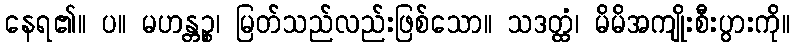
နေရ၏။ ပ။ မဟန္တဉ္စ၊ မြတ်သည်လည်းဖြစ်သော။ သဒတ္ထံ၊ မိမိအကျိုးစီးပွားကို။